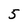
Character: 5